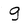
Character: g